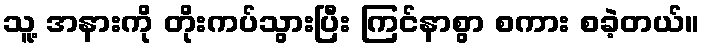
သူ့ အနားကို တိုးကပ်သွားပြီး ကြင်နာစွာ စကား စခဲ့တယ်။